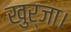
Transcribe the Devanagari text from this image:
खुर्जा।